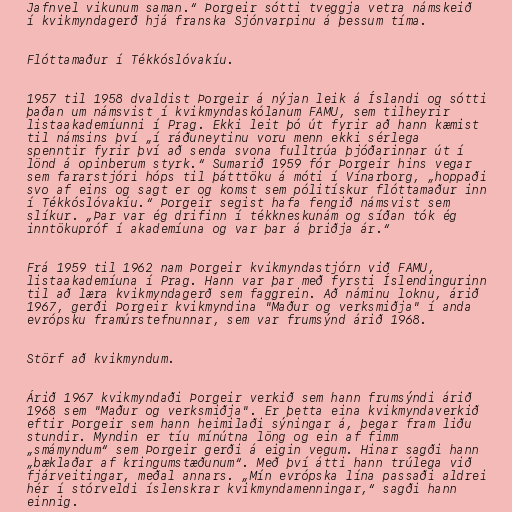
Jafnvel vikunum saman.“ Þorgeir sótti tveggja vetra námskeið
í kvikmyndagerð hjá franska Sjónvarpinu á þessum tíma.

Flóttamaður í Tékkóslóvakíu.

1957 til 1958 dvaldist Þorgeir á nýjan leik á Íslandi og sótti
þaðan um námsvist í kvikmyndaskólanum FAMU, sem tilheyrir
listaakademíunni í Prag. Ekki leit þó út fyrir að hann kæmist
til námsins því „í ráðuneytinu voru menn ekki sérlega
spenntir fyrir því að senda svona fulltrúa þjóðarinnar út í
lönd á opinberum styrk.“ Sumarið 1959 fór Þorgeir hins vegar
sem fararstjóri hóps til þátttöku á móti í Vínarborg, „hoppaði
svo af eins og sagt er og komst sem pólitískur flóttamaður inn
í Tékkóslóvakíu.“ Þorgeir segist hafa fengið námsvist sem
slíkur. „Þar var ég drifinn í tékkneskunám og síðan tók ég
inntökupróf í akademíuna og var þar á þriðja ár.“

Frá 1959 til 1962 nam Þorgeir kvikmyndastjórn við FAMU,
listaakademíuna í Prag. Hann var þar með fyrsti Íslendingurinn
til að læra kvikmyndagerð sem faggrein. Að náminu loknu, árið
1967, gerði Þorgeir kvikmyndina "Maður og verksmiðja" í anda
evrópsku framúrstefnunnar, sem var frumsýnd árið 1968.

Störf að kvikmyndum.

Árið 1967 kvikmyndaði Þorgeir verkið sem hann frumsýndi árið
1968 sem "Maður og verksmiðja". Er þetta eina kvikmyndaverkið
eftir Þorgeir sem hann heimilaði sýningar á, þegar fram liðu
stundir. Myndin er tíu mínútna löng og ein af fimm
„smámyndum“ sem Þorgeir gerði á eigin vegum. Hinar sagði hann
„bæklaðar af kringumstæðunum“. Með því átti hann trúlega við
fjárveitingar, meðal annars. „Mín evrópska lína passaði aldrei
hér í stórveldi íslenskrar kvikmyndamenningar,“ sagði hann
einnig.